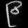
Digit: ၉